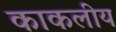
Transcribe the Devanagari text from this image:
काकलीय